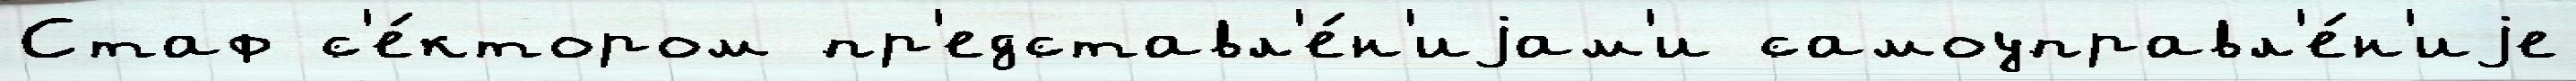
Стаф с'е́ктором пр'едставл'е́н'иjам'и самоуправл'е́н'иjе